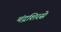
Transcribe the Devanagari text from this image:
चंद्रशिरसे